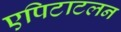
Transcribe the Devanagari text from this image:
एपिटाटलन